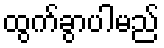
ထွက်ခွာပါမည်